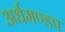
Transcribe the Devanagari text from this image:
अर्धमण्डप